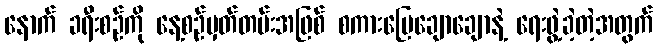
နောက် ခရီးစဉ်ကို နေ့စဉ်မှတ်တမ်းအဖြစ် စကားပြေချောချောနဲ့ ရေးဖွဲ့ခဲ့တဲ့အတွက်